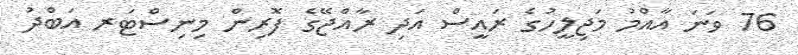
76 ވަނަ އާއްމު މަޖިލީހުގެ ރައީސް އަދި ރާއްޖޭގެ ފޮރިން މިނިސްޓަރ އަބްދު